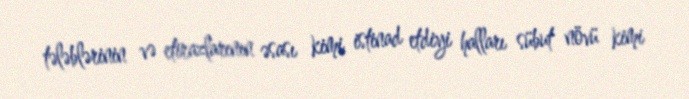
tələblərinin və etirazlarının əsası kimi istinad etdiyi halları sübut növü kimi